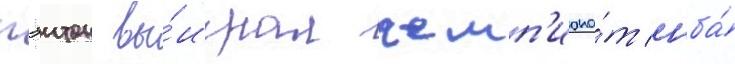
пэитон вы́играл чемп'иона́т нба́